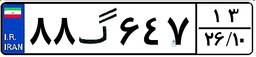
۸۸گ۶۴۷۱۳